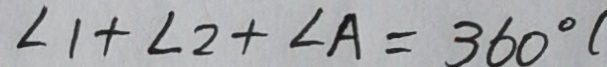
\angle 1 + \angle 2 + \angle A = 3 6 0 ^ { \circ } (